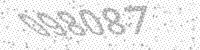
Solution: 098087